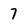
Character: 7